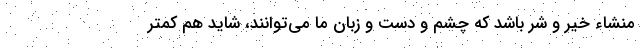
منشاء خیر و شر باشد که چشم و دست و زبان ما می‌توانند، شاید هم کمتر